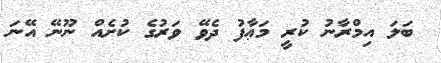
ބަލަ އިމްރާނު ކުރީ މަޢާފު ދެވޭ ވަރުގެ ކުށެއް ނޫނޭ އޭނަ